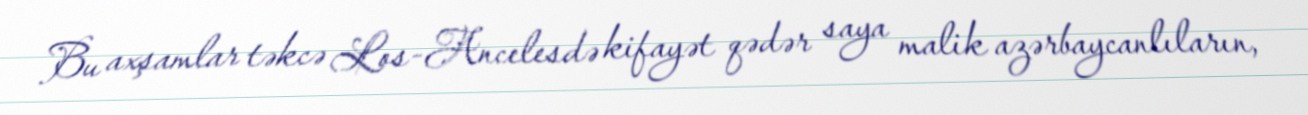
Bu axşamlar təkcə Los-Ancelesdə kifayət qədər saya malik azərbaycanlıların,